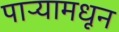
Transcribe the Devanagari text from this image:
पाऱ्यामधून